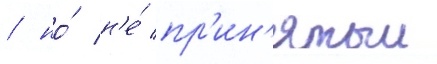
/ но́ н'е́ пр'ин'ятыи